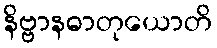
နိဗ္ဗာနဓာတုယောတိ